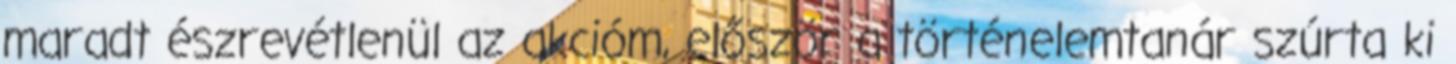
maradt észrevétlenül az akcióm, először a történelemtanár szúrta ki